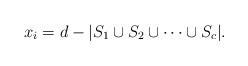
LaTeX: \begin{align*}x_i=d-|S_1\cup S_2\cup \cdots \cup S_c|.\end{align*}